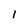
Character: l